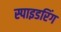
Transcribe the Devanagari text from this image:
स्पाइडरिंग